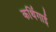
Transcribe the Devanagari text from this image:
कर्थिगाई